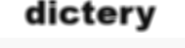
dictery